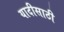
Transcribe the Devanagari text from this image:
यादीसाठी